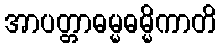
အာပတ္တာဓမ္မဓမ္မိကာတိ